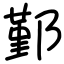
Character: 鄞